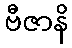
ဗီဇာနိ